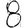
Digit: 8